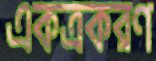
একত্রকরণ